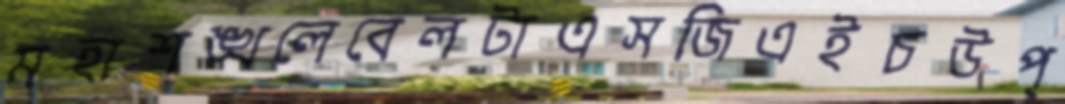
মহাশঙ্খলেবেলটাএসজিএইচউপ্